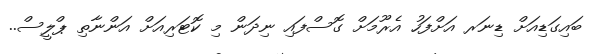
ބައިގަޑިއަށް ޑިނަރ އަށްފަހު އެރޫމަށް ގޮސްފައި ނިދަން މި ކޮޓަރިއަށް އަންނާތި ޕްލީސް..